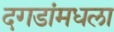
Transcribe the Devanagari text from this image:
दगडांमधला